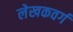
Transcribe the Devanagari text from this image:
लेखकवर्ग